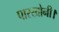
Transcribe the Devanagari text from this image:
पारखोनी।